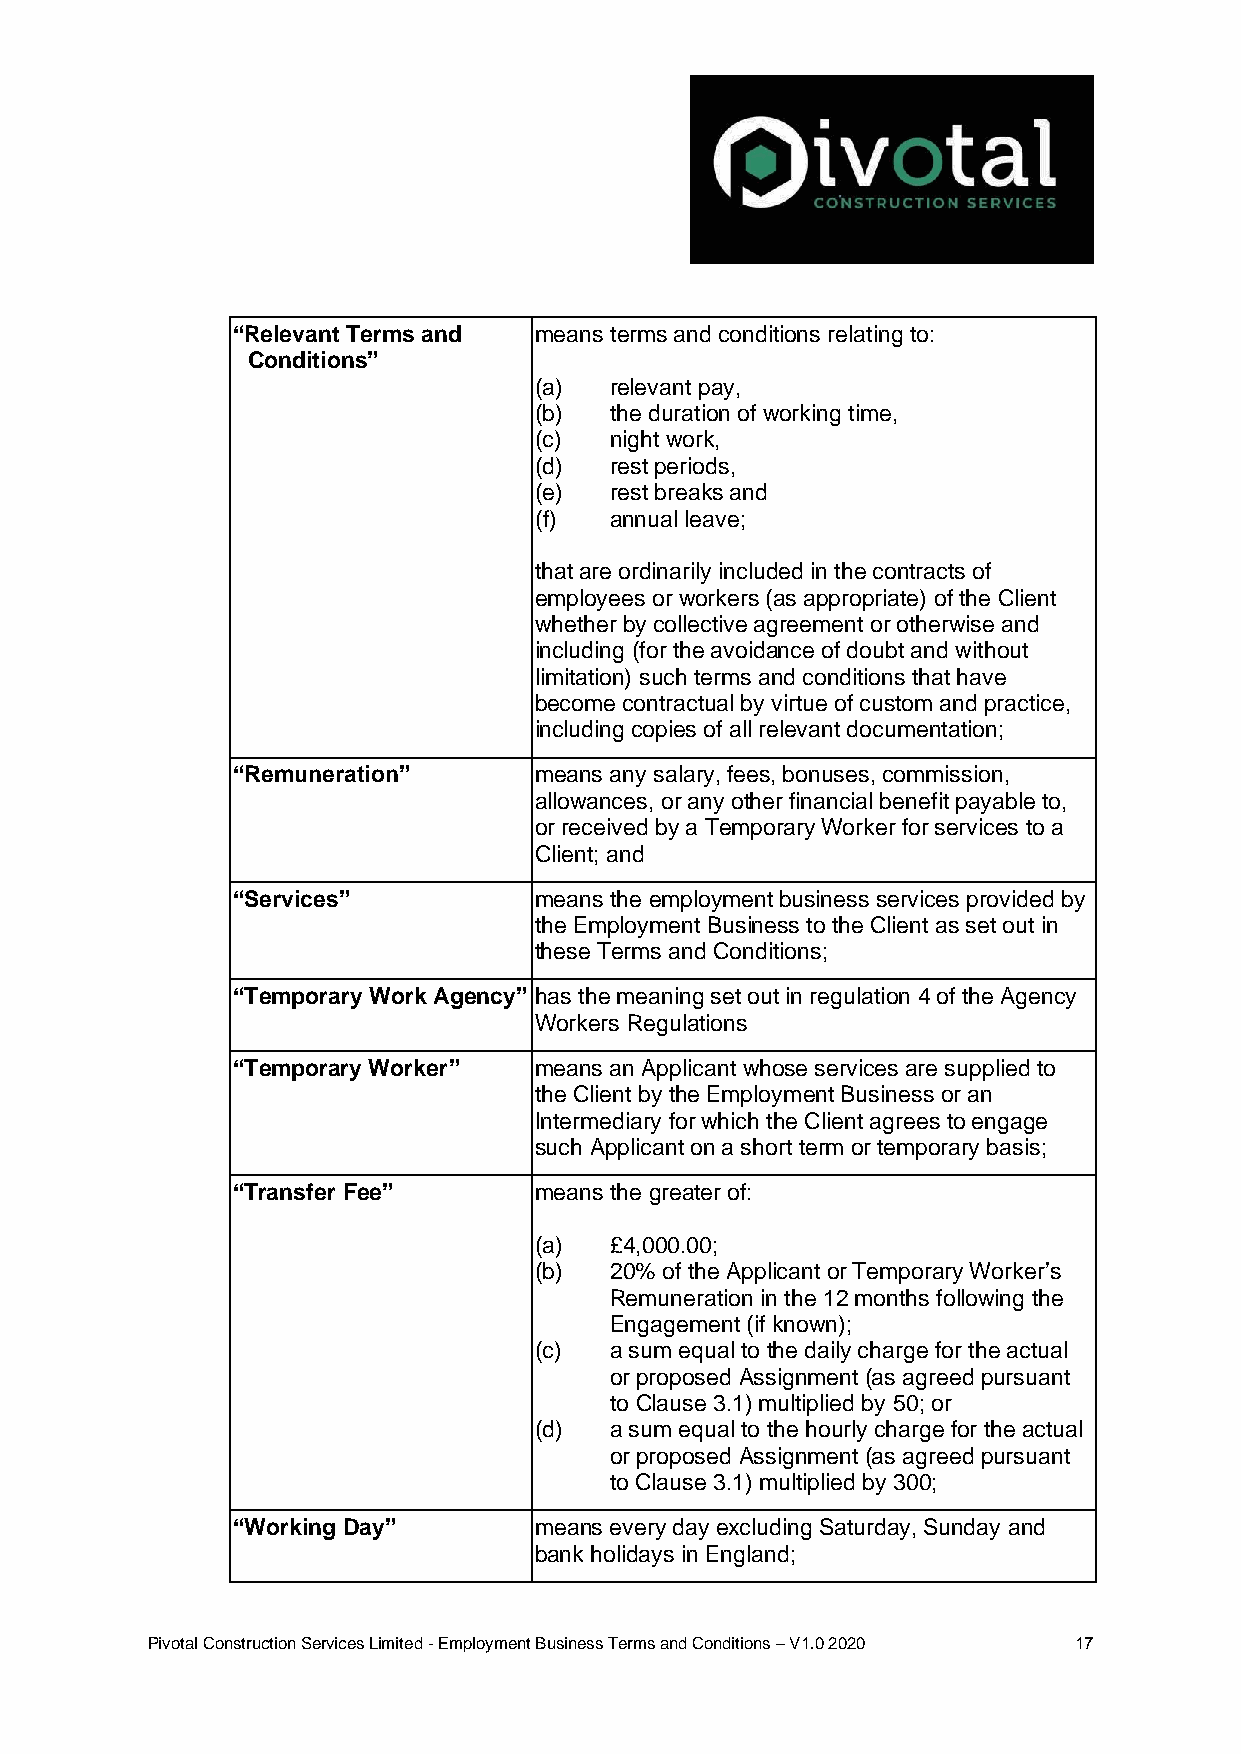
“Relevant Terms and means terms and conditions relating to:
 Conditions”
 (a)  relevant pay,
 (b)  the duration of working time,
 (c)  night work,
 (d)  rest periods,
 (e)  rest breaks and
 (f)  annual leave;
 that are ordinarily included in the contracts of
 employees or workers (as appropriate) of the Client
 whether by collective agreement or otherwise and
 including (for the avoidance of doubt and without
 limitation) such terms and conditions that have
 become contractual by virtue of custom and practice,
 including copies of all relevant documentation;
 “Remuneration”      means any salary, fees, bonuses, commission,
 allowances, or any other financial benefit payable to,
 or received by a Temporary Worker for services to a
 Client; and
 “Services”          means the employment business services provided by
 the Employment Business to the Client as set out in
 these Terms and Conditions;
 “Temporary Work Agency” has the meaning set out in regulation 4 of the Agency
 Workers Regulations
 “Temporary Worker”  means an Applicant whose services are supplied to
 the Client by the Employment Business or an
 Intermediary for which the Client agrees to engage
 such Applicant on a short term or temporary basis;
 “Transfer Fee”      means the greater of:
 (a)  £4,000.00;
 (b)  20% of the Applicant or Temporary Worker’s
 Remuneration in the 12 months following the
 Engagement (if known);
 (c)  a sum equal to the daily charge for the actual
 or proposed Assignment (as agreed pursuant
 to Clause 3.1) multiplied by 50; or
 (d)  a sum equal to the hourly charge for the actual
 or proposed Assignment (as agreed pursuant
 to Clause 3.1) multiplied by 300;
 “Working Day”       means every day excluding Saturday, Sunday and
 bank holidays in England;
 Pivotal Construction Services Limited - Employment Business Terms and Conditions – V1.0 2020 17